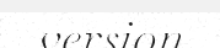
version